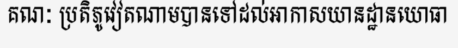
គណៈ ប្រតិភូវៀតណាមបានទៅដល់អាកាសយានដ្ឋានយោធា